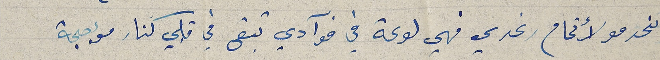
تخدمو لأتمام رغدي فهي لوعة في فوآدي تبقى في قلبي كنار مؤججة